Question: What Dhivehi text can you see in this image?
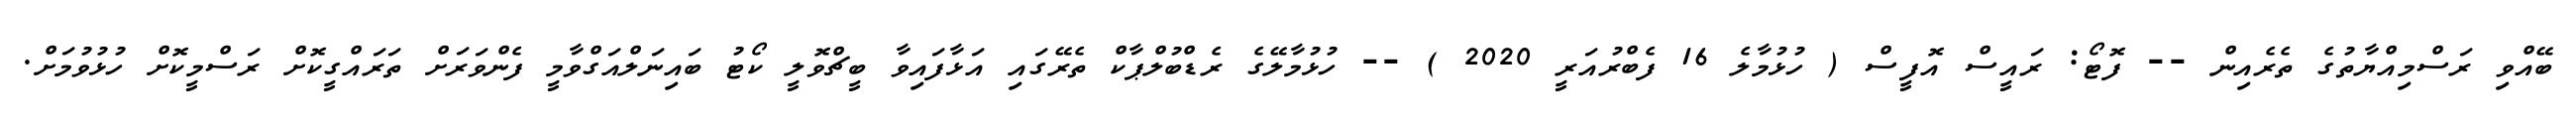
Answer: ބޭއްވި ރަސްމިއްޔާތުގެ ތެރެއިން -- ފޮޓޯ: ރައީސް އޮފީސް ( ހުޅުމާލެ 16 ފެބްރުއަރީ 2020 ) -- ހުޅުމާލޭގެ ރެޑްބުލްޕާކް ތެރޭގައި އަޅާފައިވާ ބީޗްވޮލީ ކޯޓު ބައިނަލްއަގްވާމީ ފެންވަރަށް ތަރައްގީކޮށް ރަސްމީކޮށް ހުޅުވުމަށް.